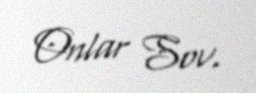
Onlar Sov.